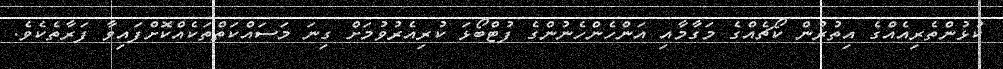
ކުޅުންތެރިއެއްގެ އިތުރުން ކޯޗެއްގެ މަގާމާއި އަންހެންހެނުންގެ ފުޓްބޯޅަ ކުރިއެރުވުމަށް ގިނަ މަސައްކަތްތަކެއްކޮށްފައިވާ ފަރާތެކެވެ.